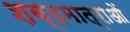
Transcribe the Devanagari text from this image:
शब्दमात्राओं